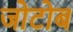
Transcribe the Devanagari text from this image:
जोटोब